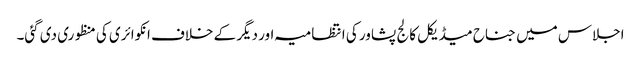
اجلاس میں جناح میڈیکل کالج پشاور کی انتظامیہ اور دیگر کے خلاف انکوائری کی منظوری دی گئی۔